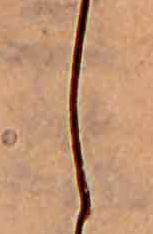
し